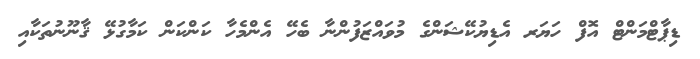
ޑިޕާޓްމަންޓް އޮފް ހަޔަރ އެޑިޔުކޭޝަންގެ މުވައްޒަފުންނާ ބެހޭ އެންމެހާ ކަންކަން ކަމާގުޅޭ ޤާނޫނުތަކާއި